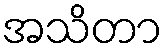
အသိတာ